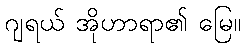
ဂျရယ် အိုဟာရာ၏ မြေ။